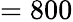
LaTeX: =800